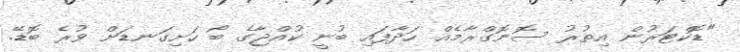
"ޑޮކްޓަރުން އިތުރު ސޮނޮގްރާމެއް ހަދާފައި ބުނީ ކުއްޖާގެ ބޯ ހަށިގަނޑަށް ވުރެ ބޮޑޭ.